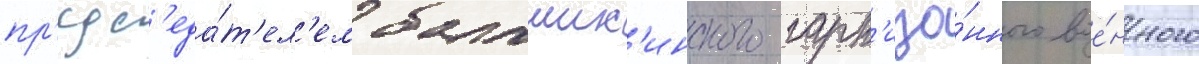
пр'едс'еда́т'ел'ем балаших'инского гарн'изо́нного вое́нного